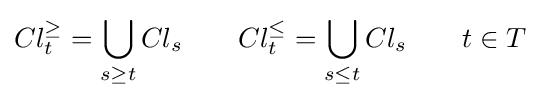
Cl_{t}^{\geq }=\bigcup _{s\geq t}Cl_{s}\qquad Cl_{t}^{\leq }=\bigcup _{s\leq t}Cl_{s}\qquad t\in T